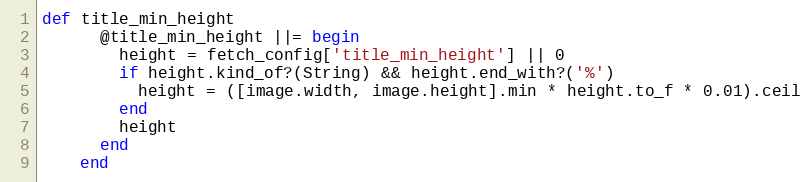
Language: Ruby
def title_min_height
      @title_min_height ||= begin
        height = fetch_config['title_min_height'] || 0
        if height.kind_of?(String) && height.end_with?('%')
          height = ([image.width, image.height].min * height.to_f * 0.01).ceil
        end
        height
      end
    end